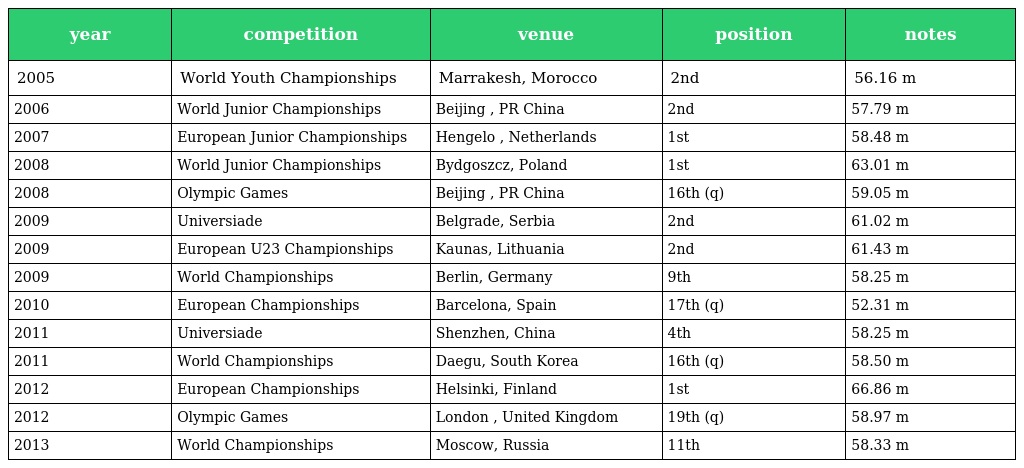
| year | competition | venue | position | notes |
 | --- | --- | --- | --- | --- |
 | 2005 | World Youth Championships | Marrakesh, Morocco | 2nd | 56.16 m |
 | 2006 | World Junior Championships | Beijing , PR China | 2nd | 57.79 m |
 | 2007 | European Junior Championships | Hengelo , Netherlands | 1st | 58.48 m |
 | 2008 | World Junior Championships | Bydgoszcz, Poland | 1st | 63.01 m |
 | 2008 | Olympic Games | Beijing , PR China | 16th (q) | 59.05 m |
 | 2009 | Universiade | Belgrade, Serbia | 2nd | 61.02 m |
 | 2009 | European U23 Championships | Kaunas, Lithuania | 2nd | 61.43 m |
 | 2009 | World Championships | Berlin, Germany | 9th | 58.25 m |
 | 2010 | European Championships | Barcelona, Spain | 17th (q) | 52.31 m |
 | 2011 | Universiade | Shenzhen, China | 4th | 58.25 m |
 | 2011 | World Championships | Daegu, South Korea | 16th (q) | 58.50 m |
 | 2012 | European Championships | Helsinki, Finland | 1st | 66.86 m |
 | 2012 | Olympic Games | London , United Kingdom | 19th (q) | 58.97 m |
 | 2013 | World Championships | Moscow, Russia | 11th | 58.33 m |